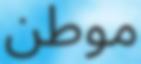
موطن